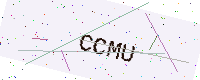
Text: CCMU